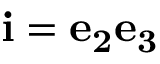
\mathbf { i } = \mathbf { e _ { 2 } } \mathbf { e _ { 3 } }